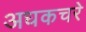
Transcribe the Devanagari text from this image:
अधकचरे